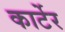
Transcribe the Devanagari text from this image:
कार्टेर